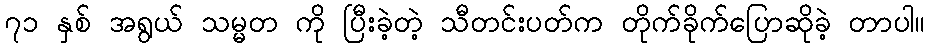
၇၁ နှစ် အရွယ် သမ္မတ ကို ပြီးခဲ့တဲ့ သီတင်းပတ်က တိုက်ခိုက်ပြောဆိုခဲ့ တာပါ။